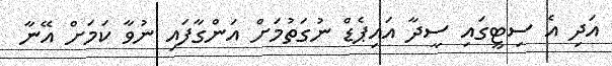
އަދި އެ ސިޓީގައި ސީދާ އައިޕެޑް ނުގަތުމަށް އަންގާފައި ނުވާ ކަމަށް އޭނާ